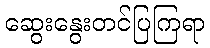
ဆွေးနွေးတင်ပြကြရာ